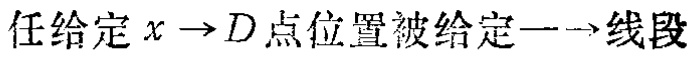
任给定 \(x \to D\) 点位置被给定 \(\to\) 线段